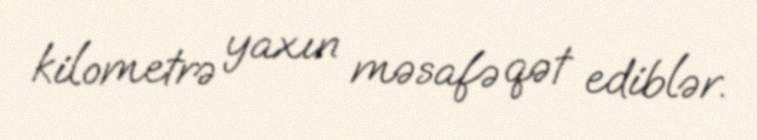
kilometrə yaxın məsafə qət ediblər.